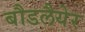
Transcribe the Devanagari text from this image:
बौडलैयेर